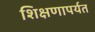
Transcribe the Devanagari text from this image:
शिक्षणापर्यत